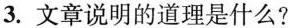
3.文章说明的道理是什么?